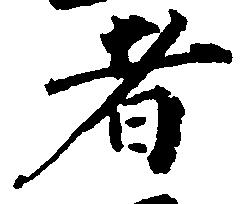
者